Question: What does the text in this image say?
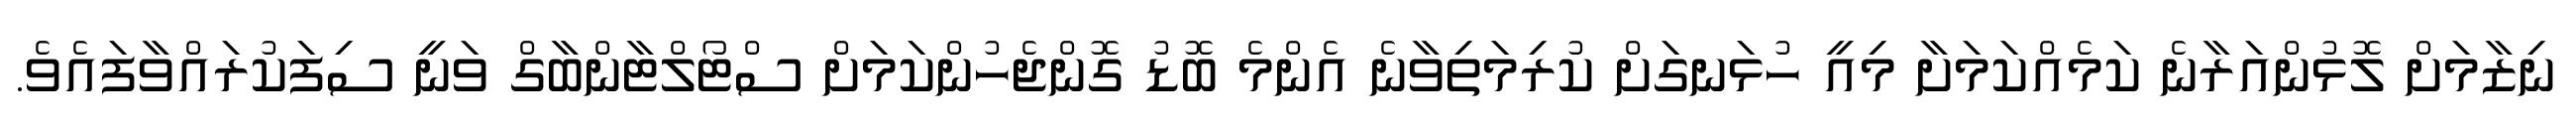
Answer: ނިޒާމަށް ލޮޅުންއަރާނެ ކަމެއްކަމަށާ މިއީ ހުޅަނގަށް ކުރިމަތިވާނެ އެންމެ ބޮޑު ގޮންޖެހުންކަމަށް ސްޓޯލްޓާންބާގް ވަނީ ސިފަކުރައްވާފައެވެ.